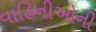
વાહિનીઓની